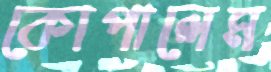
কোপালেম